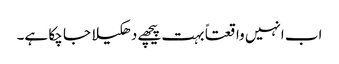
اب انہیں واقعتاً بہت پیچھے دھکیلا جا چکا ہے۔